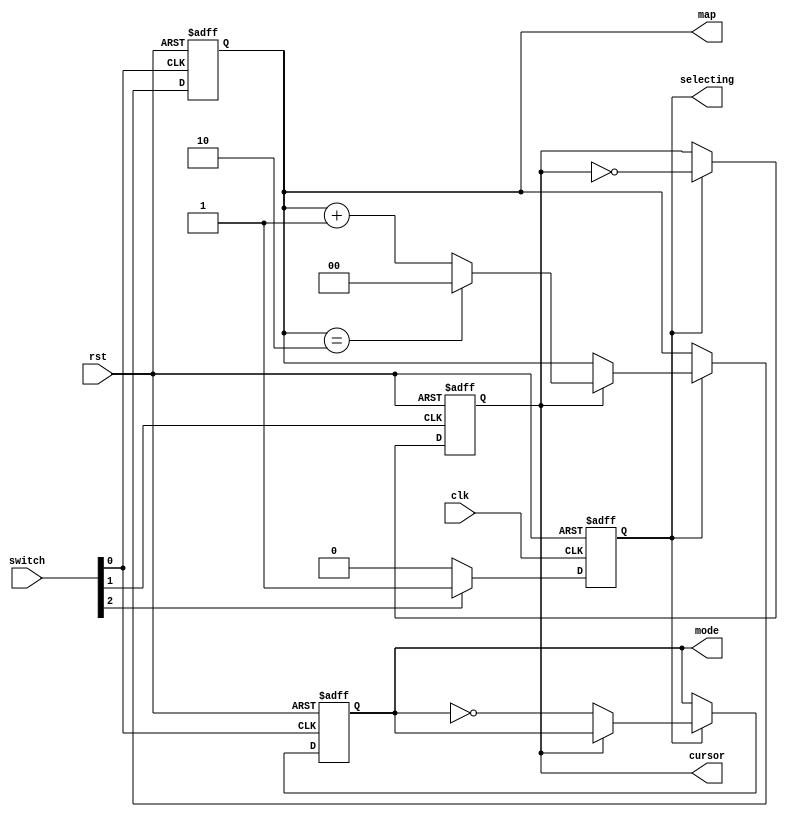
module switch_control(
	input clk,
	input rst,
	input [2:0] switch,
	output reg cursor,
	output reg mode,
	output reg [1:0] map,
	// output indicater for selecting mode
	output reg selecting
);
	
	always @(posedge clk or negedge rst)begin
		if(!rst)begin
			selecting <= 1'b1;
		end
		else begin
			if(switch[2]==1'b0)begin
				selecting <= 1'b0;
			end
			else begin
				selecting <= 1'b1;
			end
		end
	end

	// change cursor when push second SW
	always @(posedge switch[1] or negedge rst)begin
		if(!rst)begin
			cursor <= 1'b0;
		end
		else if(selecting) begin
			cursor <= ~cursor;
		end
	end

	// change content when push third SW
	always @(posedge switch[0] or negedge rst)begin
		if(!rst)begin
			mode <= 1'b0;
			map <= 2'b0;
		end
		else if(selecting==1'b1) begin
			case(cursor)
			// mode
			2'd0:mode <= ~mode;
			// map
			2'd1:map <= (map==2'd2) ? 2'd0 : map + 2'b1;	
			endcase
		end
	end

endmodule